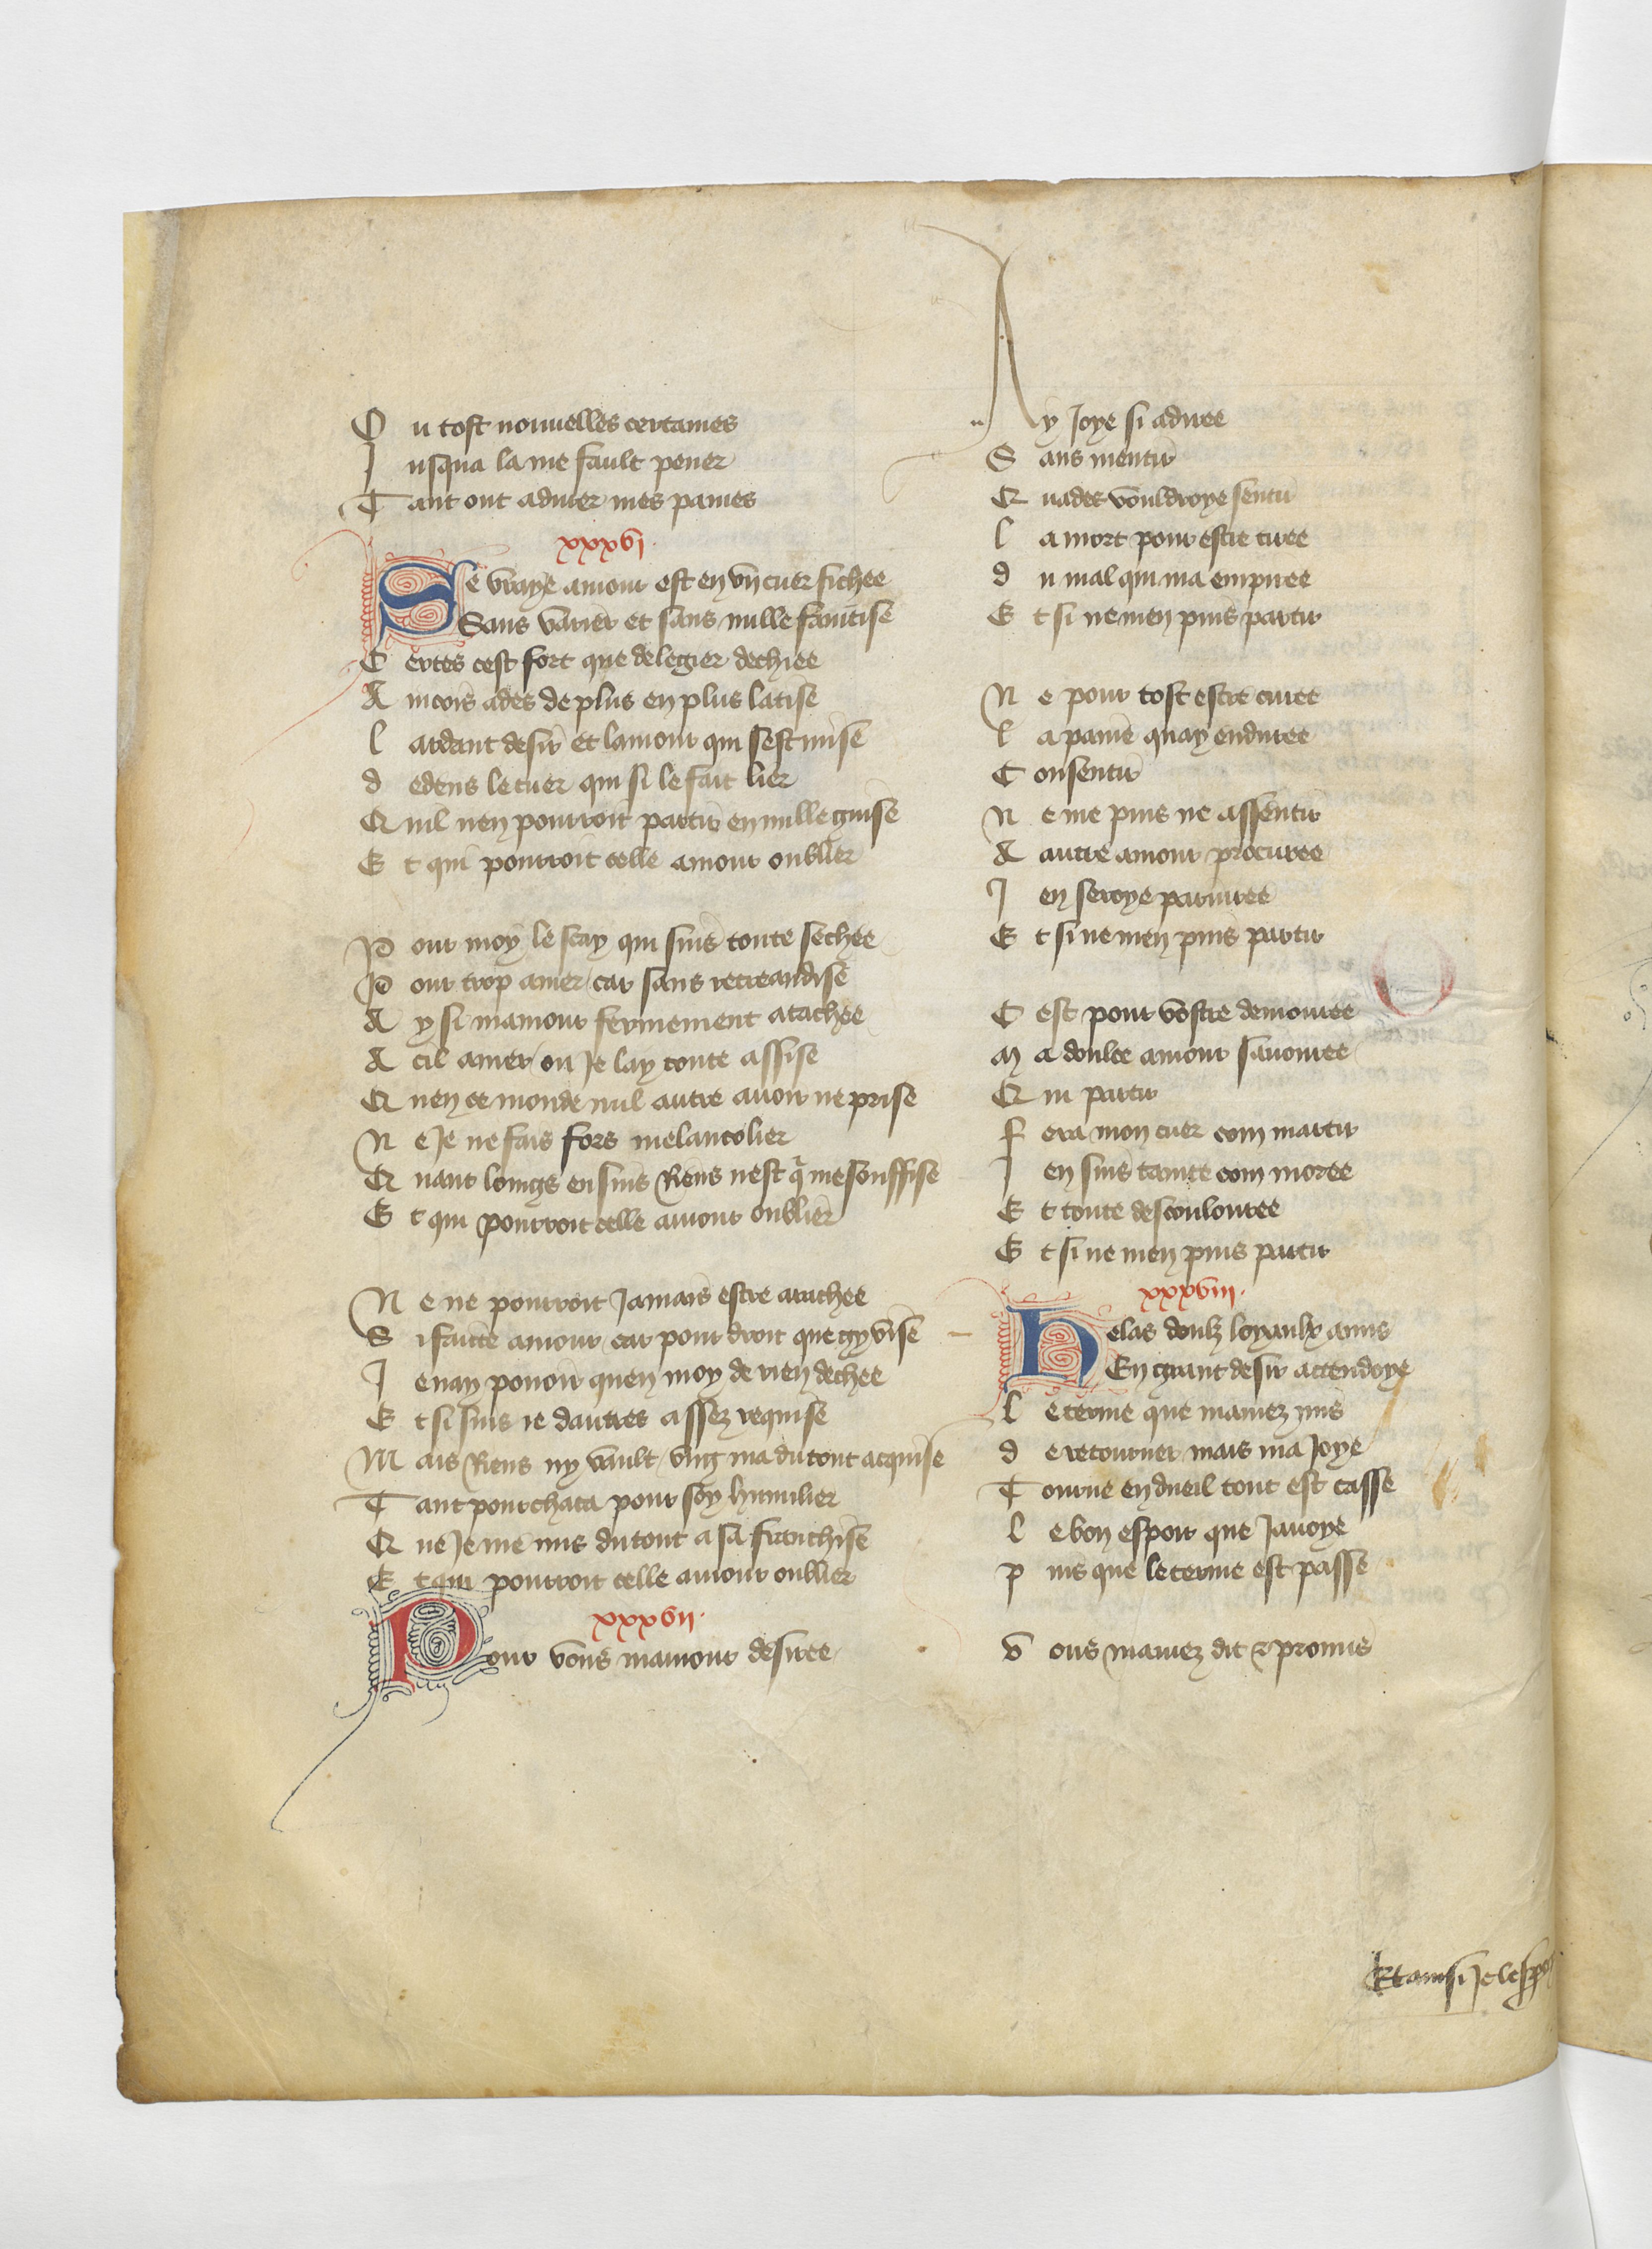
Shelfmark: Paris, BnF, fr. 12779
Century: 15